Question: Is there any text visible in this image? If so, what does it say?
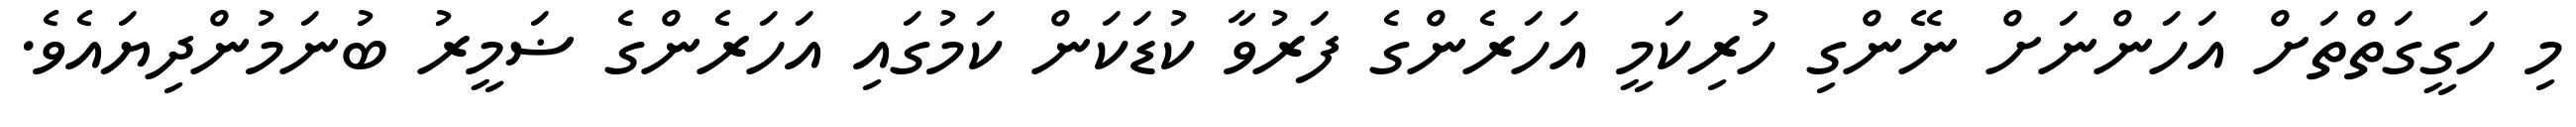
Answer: މި ހަގީގަތްތަށް އަހަންނަށް ނޭންގި ހުރިކަމީ އަހަރެންގެ ފަރުވާ ކުޑަކަން ކަމުގައި އަހަރެންގެ ޟަމީރު ބުނަމުންދިޔައެވެ.